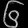
Digit: ၆